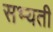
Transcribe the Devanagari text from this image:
सभ्यती